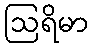
ဩရိမာ